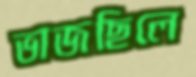
ভাজছিলে